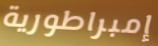
إمبراطورية